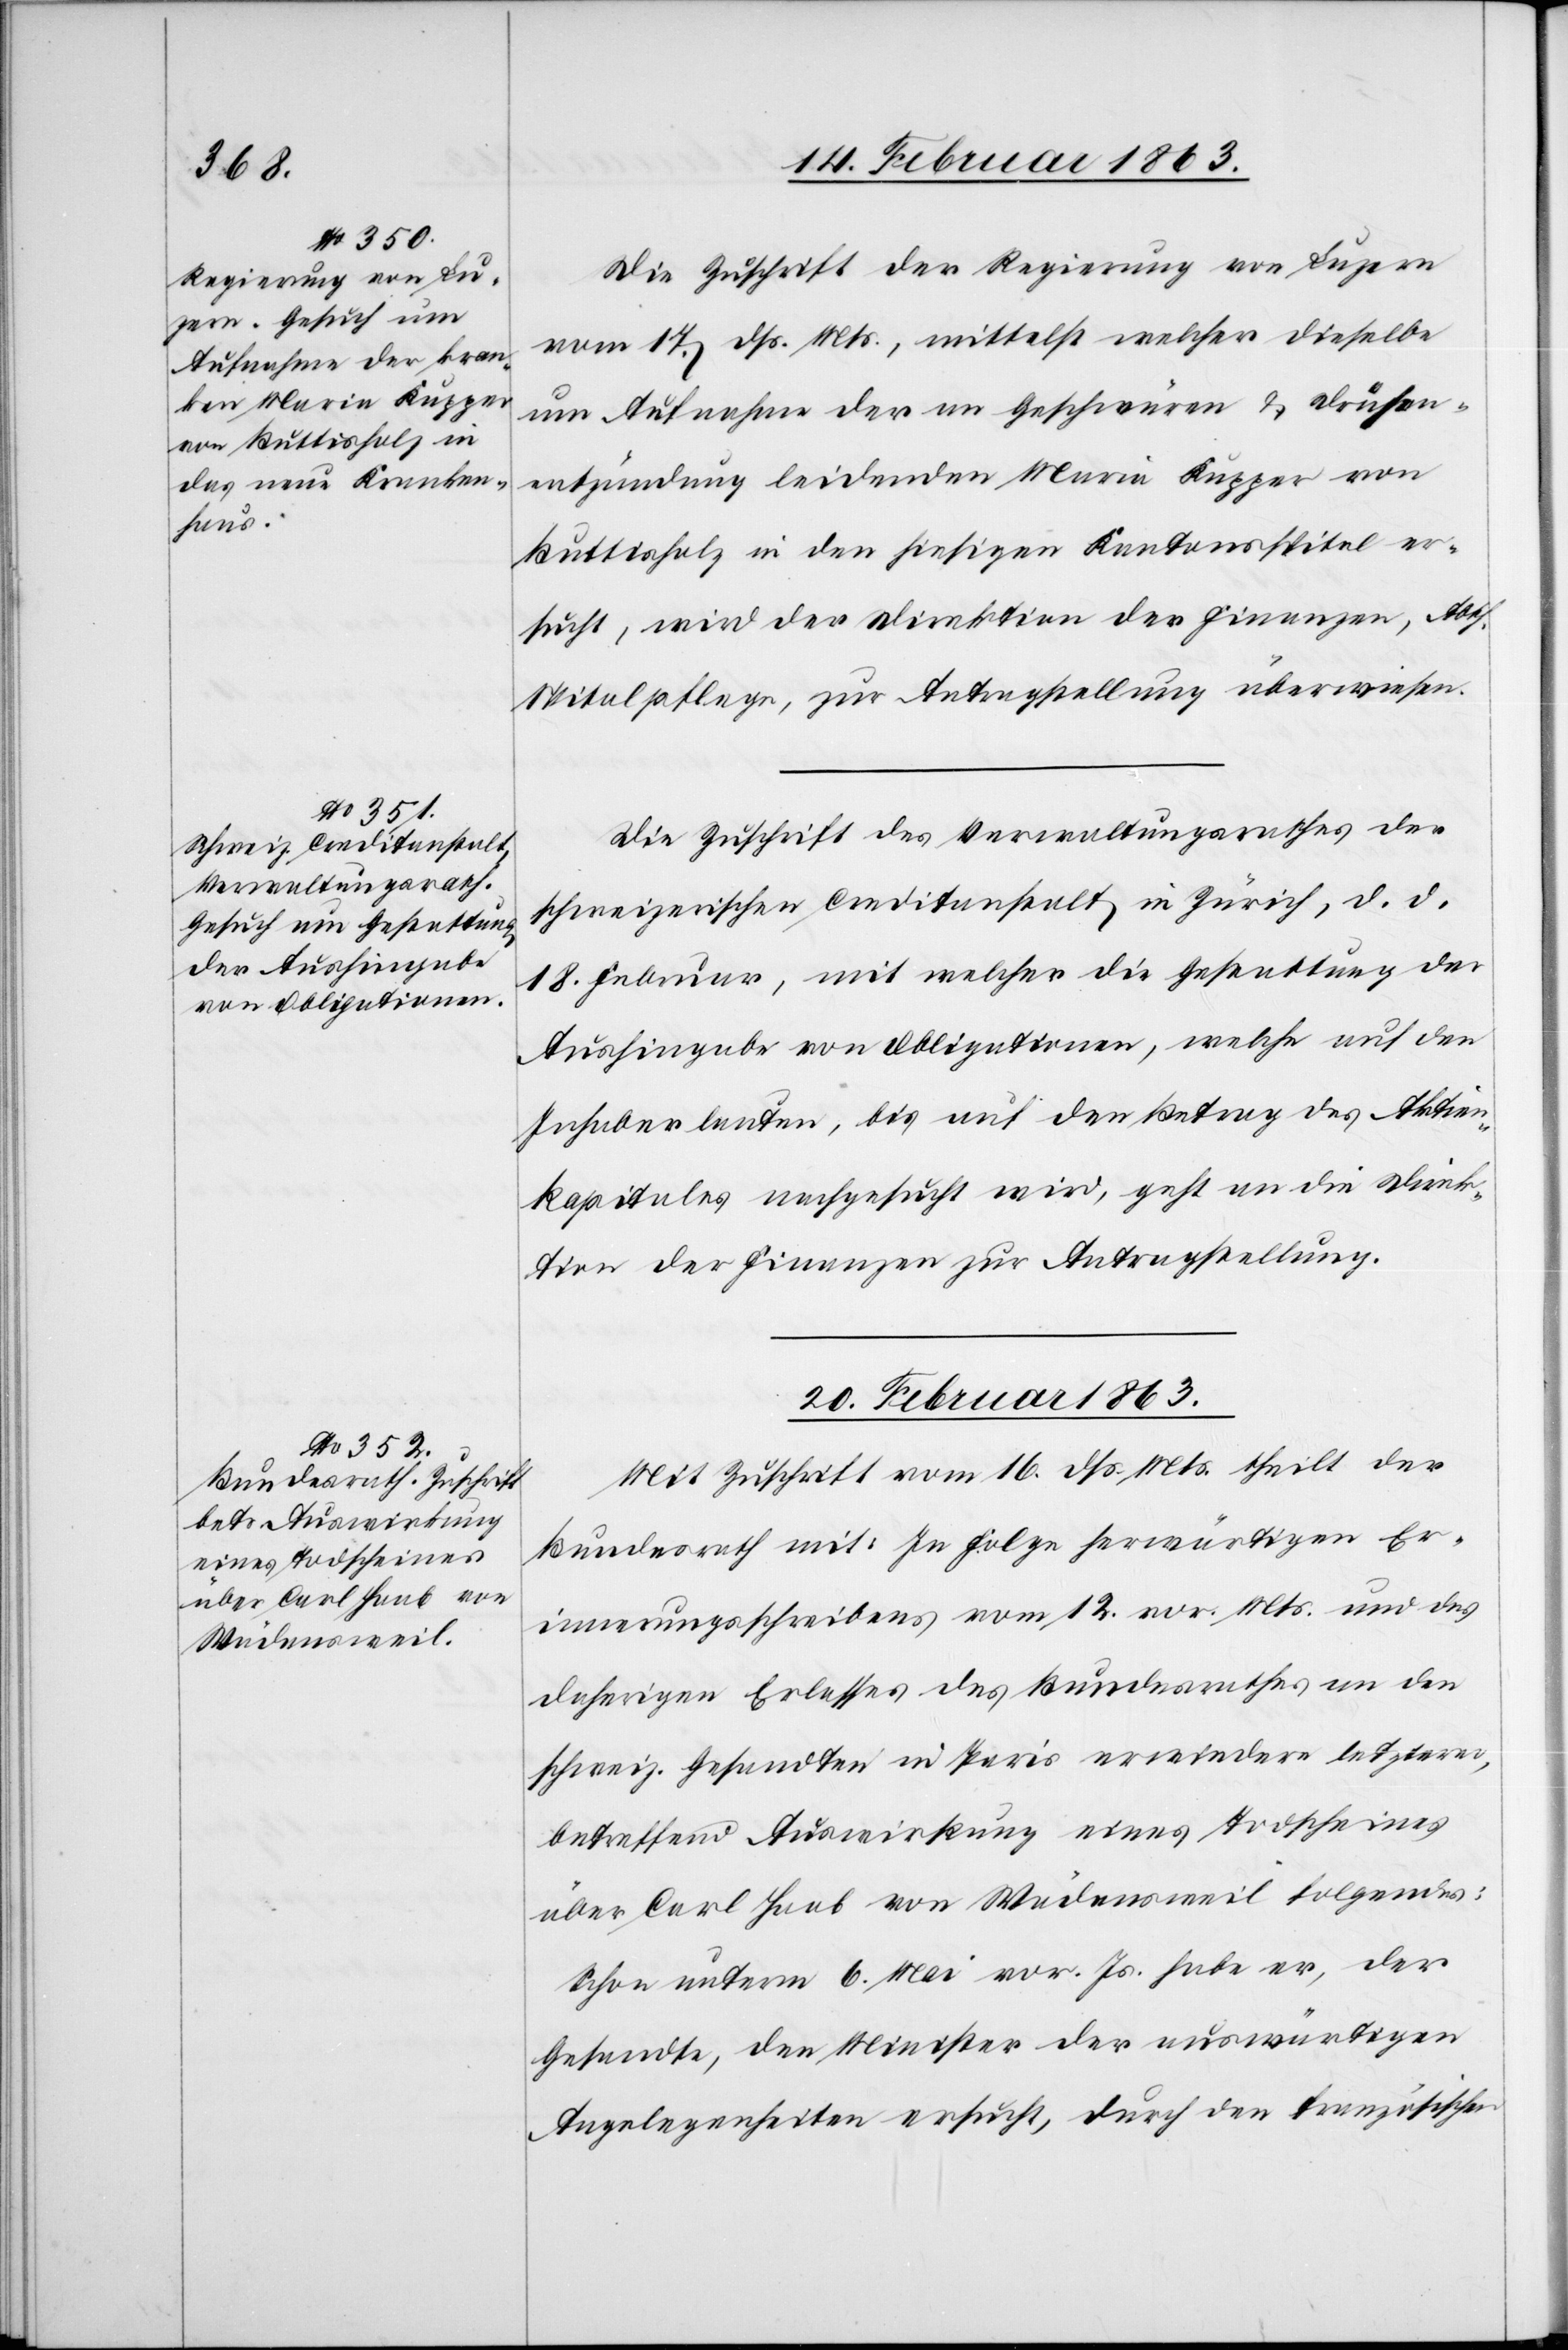
19. Februar 1863.]
Die Zuschrift der Regierung von Luzern
vom 17. dß. Mts., mittelst welcher dieselbe
um Aufnahme der an Geschwüren & Drüsen¬
entzündung leidenden Maria Kupper von
Buttisholz in den hiesigen Kantonsspital er¬
sucht, wird der Direktion der Finanzen, Abth.
Spitalpflege, zur Antragstellung überwiesen.
Die Zuschrift des Verwaltungsrathes der
schweizerischen Creditanstalt in Zürich, d. d.
18. Februar, mit welcher die Gestattung der
Aushingabe von Obligationen, welche auf den
Inhaber lauten, bis auf den Betrag des Aktien¬
kapitals nachgesucht wird, geht an die Direk¬
tion der Finanzen zur Antragstellung
20. Februar 1863.
Mit Zuschrift vom 16. dß. Mts. theilt der
Bundesrath mit: In Folge herwärtigen Er¬
innerungsschreibens vom 12. vor. Mts. und des
daherigen Erlasses des Bundesrathes an den
schweiz. Gesandten in Paris erwiedere letzterer,
betreffend Auswirkung eines Todscheines
über Carl Haab von Wädensweil folgendes:
Schon unterm 6. Mai vor. Js. habe er, der
Gesandte, den Minister der auswärtigen
Angelegenheiten ersucht, durch den französischen